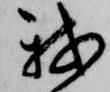
我